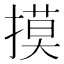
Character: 摸